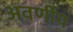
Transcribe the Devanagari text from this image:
अवर्णीय